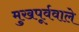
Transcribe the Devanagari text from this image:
मुखपूर्ववाले